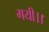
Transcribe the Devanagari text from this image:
गयी।।